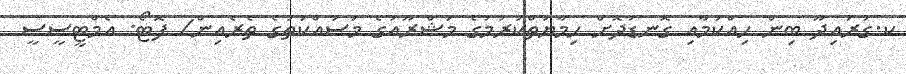
ކ.ގުރައިދޫ ބިން ހިއްކުމާއި ގޮނޑުދޮށް ހިމާޔަތްކުރުމުގެ މަޝްރޫއުގެ މަސައްކަތުގެ ތެރެއިން/ ފޮޓޯ: އެމްޓީސީސީ